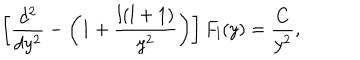
\left[ { \frac { d ^ { 2 } } { d y ^ { 2 } } } - \left( 1 + { \frac { l ( l + 1 ) } { y ^ { 2 } } } \right) \right] F _ { l } ( y ) = { \frac { C } { y ^ { 2 } } } ,